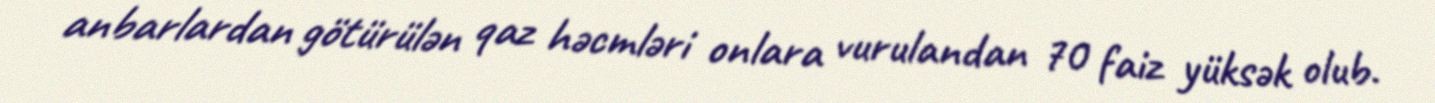
anbarlardan götürülən qaz həcmləri onlara vurulandan 70 faiz yüksək olub.